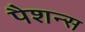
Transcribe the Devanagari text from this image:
पैशन्स